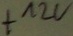
Text: +12V